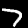
Digit: 7